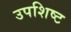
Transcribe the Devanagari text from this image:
उपशिष्ट